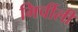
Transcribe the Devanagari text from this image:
मिर्चीली